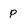
Character: P